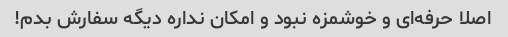
اصلا حرفه‌ای و خوشمزه نبود و امکان نداره دیگه سفارش بدم!